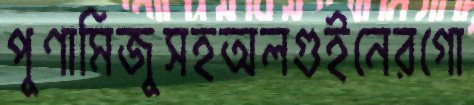
পুণামিজুসহঅলগুইনেরগো